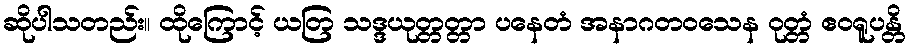
ဆိုပါသတည်း။ ထိုကြောင့် ယတြ သဒ္ဒယုတ္တတ္တာ ပနေတံ အနာဂတဝသေန ဝုတ္တံ ဧဝရူပန္တိ